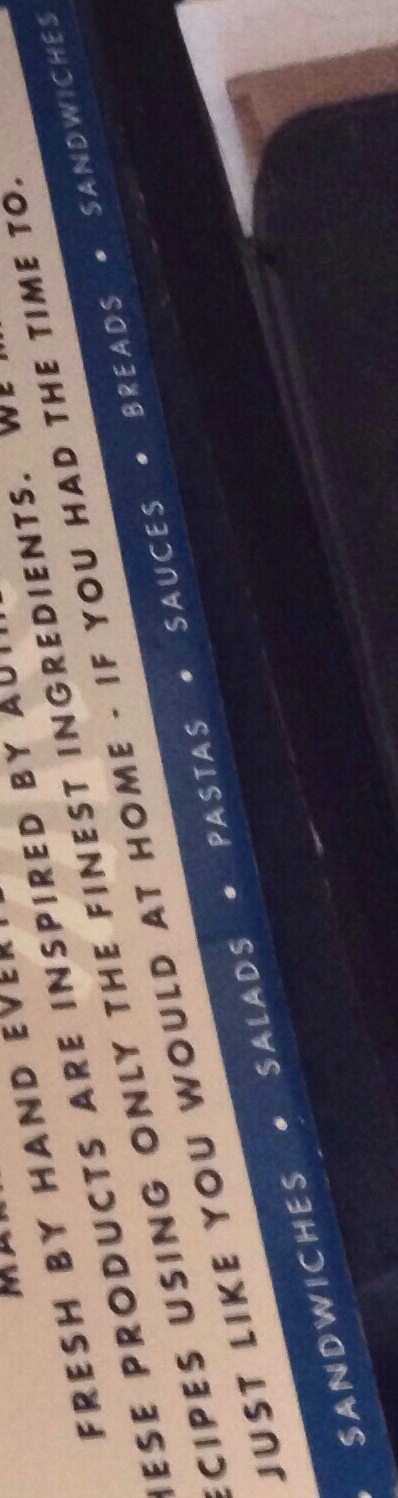
SANDWICHES.SAIADS.PASTAS.SAUCES.BREADS.SANDWICHES